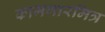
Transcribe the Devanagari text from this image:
कामगारमित्र